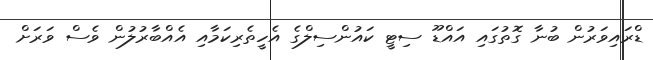
ޑްރައިވަރުން ބުނާ ގޮތުގައި އައްޑޫ ސިޓީ ކައުންސިލްގެ އެހީތެރިކަމާއި އެއްބާރުލުން ވެސް ވަރަށް